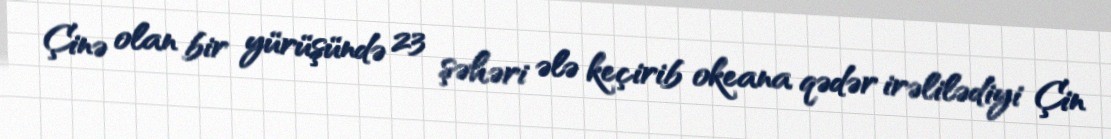
Çinə olan bir yürüşündə 23 şəhəri ələ keçirib okeana qədər irəlilədiyi Çin